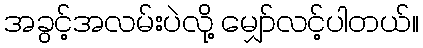
အခွင့်အလမ်းပဲလို့ မျှော်လင့်ပါတယ်။